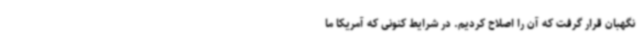
نگهبان قرار گرفت که آن را اصلاح کردیم. در شرایط کنونی که آمریکا ما